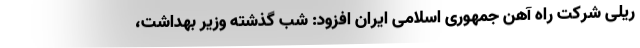
ریلی شرکت راه آهن جمهوری اسلامی ایران افزود: شب گذشته وزیر بهداشت،